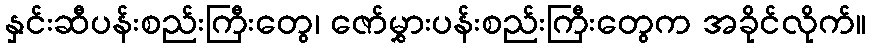
နှင်းဆီပန်းစည်းကြီးတွေ၊ ဇော်မွှားပန်းစည်းကြီးတွေက အခိုင်လိုက်။